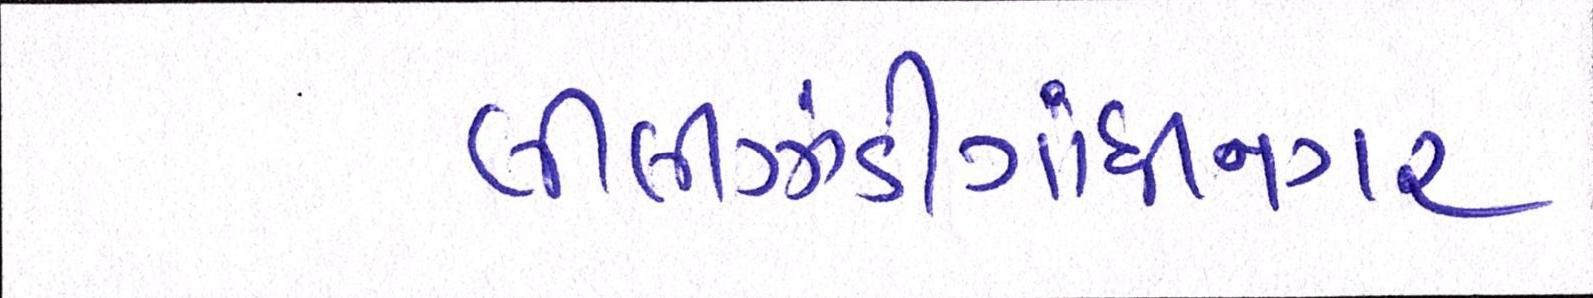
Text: લીલીઝંડીગાંધીનગર